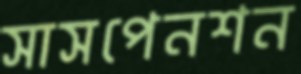
সাসপেনশন